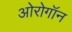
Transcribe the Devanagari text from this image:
ओरोगॉन